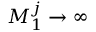
M _ { 1 } ^ { j } \rightarrow \infty